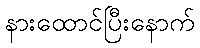
နားထောင်ပြီးနောက်